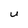
Character: U